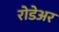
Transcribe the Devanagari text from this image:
रोडेअर